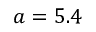
a = 5 . 4